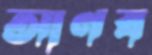
আণব